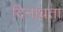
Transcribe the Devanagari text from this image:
दिनांधता